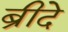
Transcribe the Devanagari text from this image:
ब्रीदे